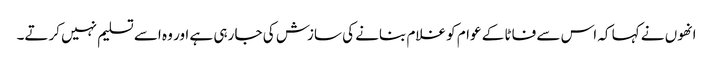
انھوں نے کہا کہ اس سے فاٹا کے عوام کو غلام بنانے کی سازش کی جا رہی ہے اور وہ اسے تسلیم نہیں کرتے۔